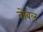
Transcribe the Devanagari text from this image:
बोंबलू